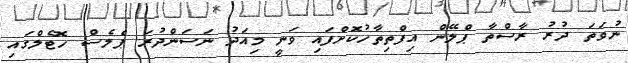
ނުވަތަ ދުރު ރާސްތާ ޕްލޭން އިފްތިތާހުކޮށްފައި ވަނީ މިއަދު ނަސަންދުރަ ޕެލެސް ހޮޓެލްގައި